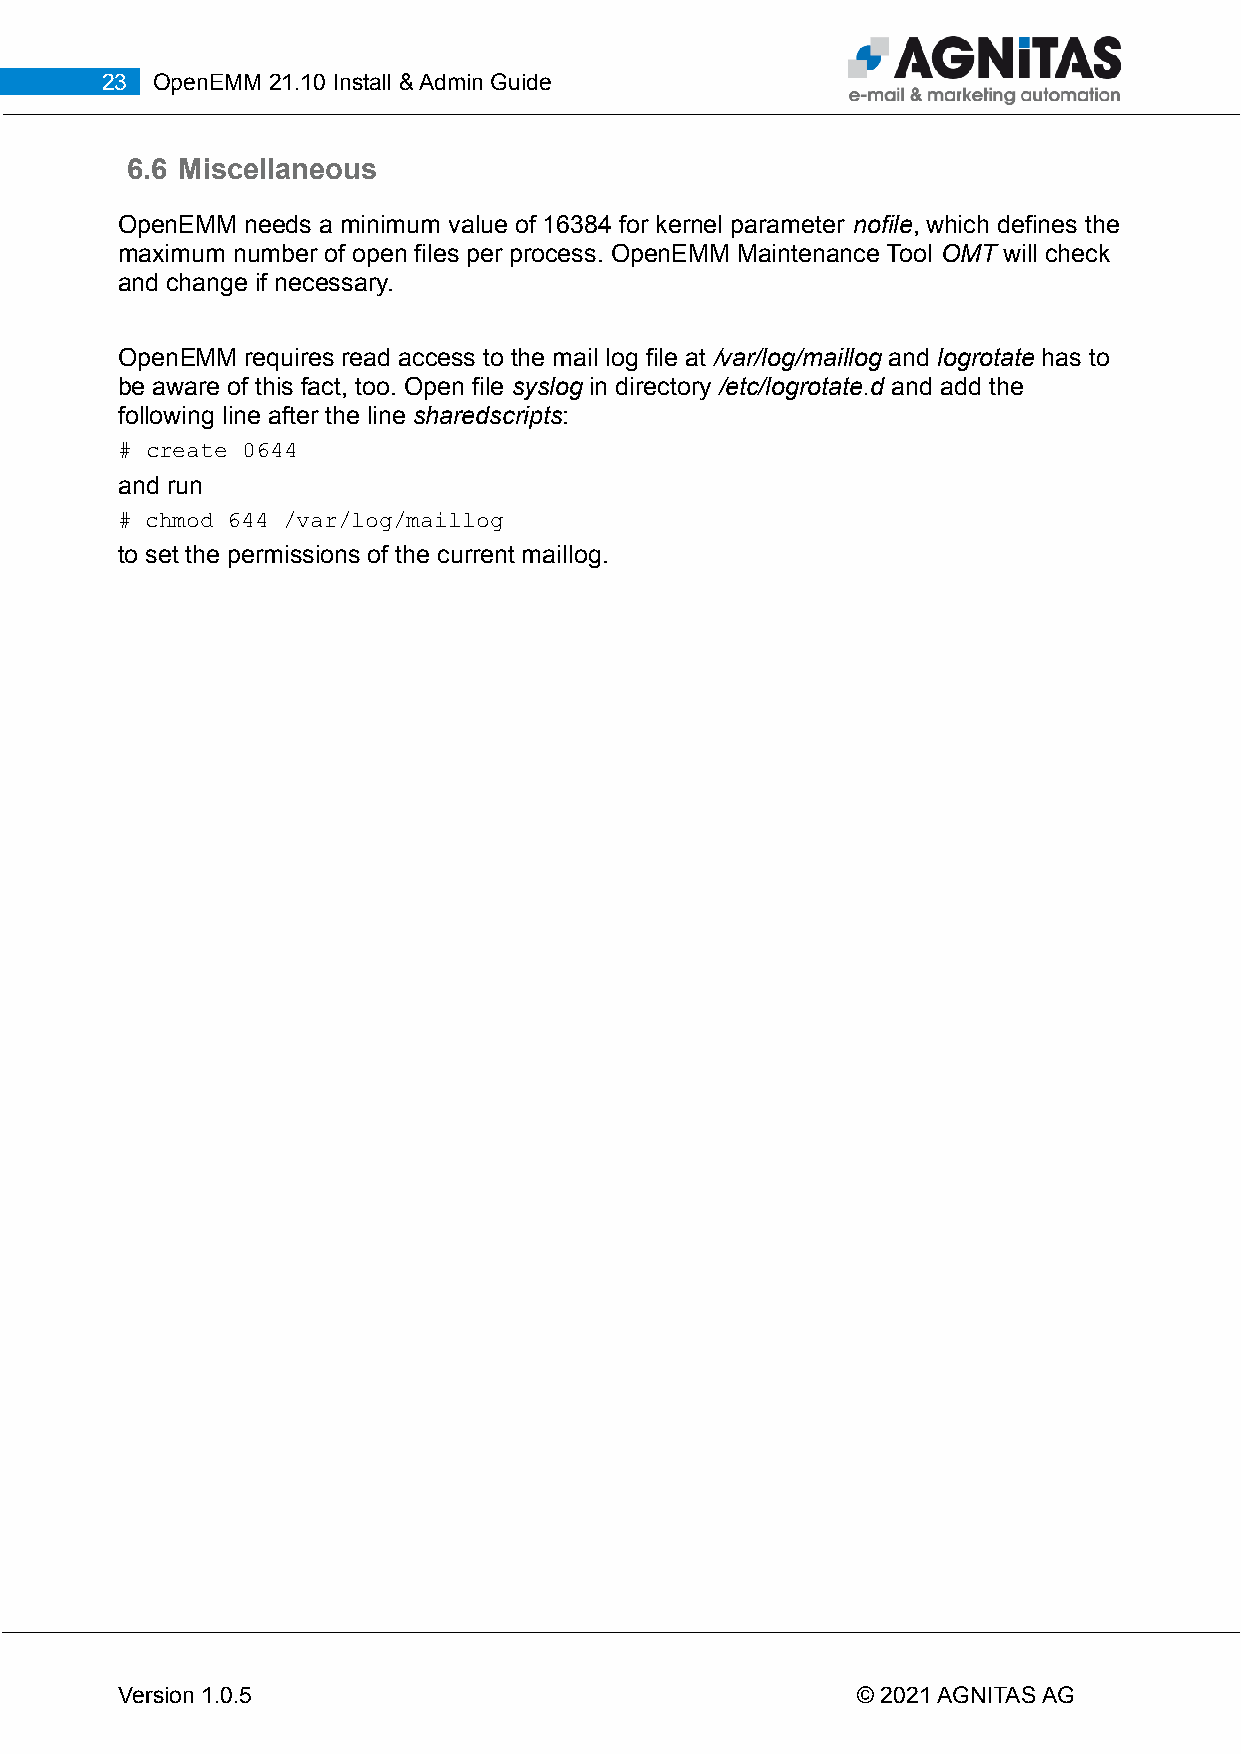
23 OpenEMM 21.10 Install & Admin Guide
 6.6 Miscellaneous
 OpenEMM needs a minimum value of 16384 for kernel parameter nofile, which defines the
 maximum number of open files per process. OpenEMM Maintenance Tool OMT will check
 and change if necessary.
 OpenEMM requires read access to the mail log file at /var/log/maillog and logrotate has to
 be aware of this fact, too. Open file syslog in directory /etc/logrotate.d and add the
 following line after the line sharedscripts:
 # create 0644
 and run
 # chmod 644 /var/log/maillog
 to set the permissions of the current maillog.
 Version 1.0.5                                    © 2021 AGNITAS AG